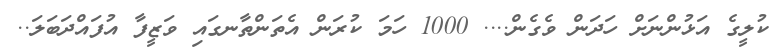
ކުލީގެ އަޅުންނަށް ހަދަން ވެގެން.... 1000 ހަމަ ކުރަން އެތަންތާނގައި ވަޒީފާ އުފައްދަބަލަ..